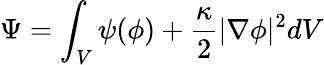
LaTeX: \Psi=\int_{V}\psi(\phi)+\frac{\kappa}{2}|\nabla\phi|^{2}dV